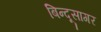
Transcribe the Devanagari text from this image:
बिन्दूसागर